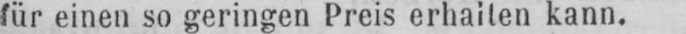
für einen so geringen Preis erhalten kann.